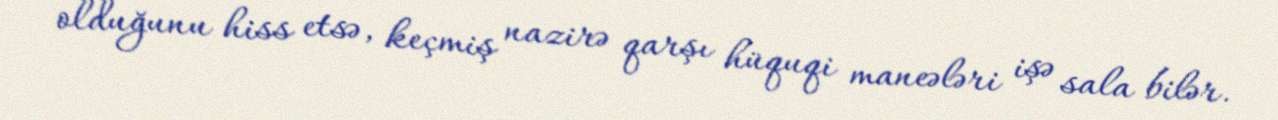
olduğunu hiss etsə, keçmiş nazirə qarşı hüquqi maneələri işə sala bilər.